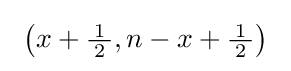
\ \left(x+{\tfrac {\!\ 1\!\ }{2}},n-x+{\tfrac {\!\ 1\!\ }{2}}\right)~